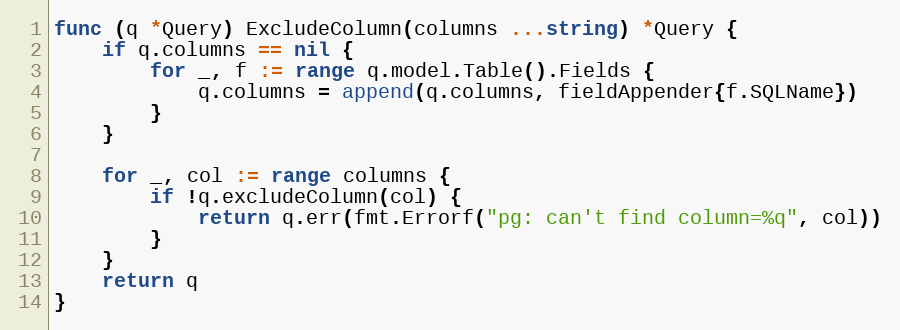
Language: Go
func (q *Query) ExcludeColumn(columns ...string) *Query {
	if q.columns == nil {
		for _, f := range q.model.Table().Fields {
			q.columns = append(q.columns, fieldAppender{f.SQLName})
		}
	}

	for _, col := range columns {
		if !q.excludeColumn(col) {
			return q.err(fmt.Errorf("pg: can't find column=%q", col))
		}
	}
	return q
}